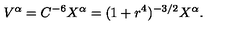
V ^ { \alpha } = C ^ { - 6 } X ^ { \alpha } = ( 1 + r ^ { 4 } ) ^ { - 3 / 2 } X ^ { \alpha } .